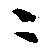
ニ